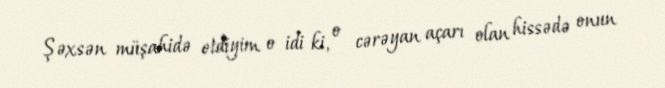
Şəxsən müşahidə etdiyim o idi ki, o cərəyan açarı olan hissədə onun